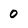
Character: 0